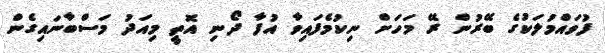
ފުވައްމުލަކުގެ ބޭރުން ރޭ މަހަށް ނިކުމެފައިވާ އުފާ ދޯނި އޮތީ މިއަދު މަސްބާނައިގެން